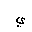
Letter: _ya